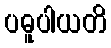
ပဓူပါယတိ